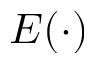
E ( \cdot )